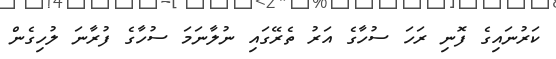
ކަރުނައިގެ ފޮނި ރަހަ ސުހާގެ އަރު ތެރޭގައި ނުލާނަމަ ސުހާގެ ފުރާނަ ލުހިގެން